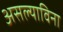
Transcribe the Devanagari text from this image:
असल्याविना